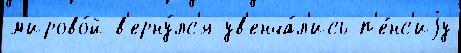
м'ирово́й в'ерну́лс'я ув'енча́л'ись п'е́нс'иjу